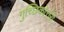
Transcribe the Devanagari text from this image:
गुच्छिकोत्तरी